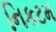
નિકટમ